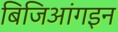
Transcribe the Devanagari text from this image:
बिजिआंगइन